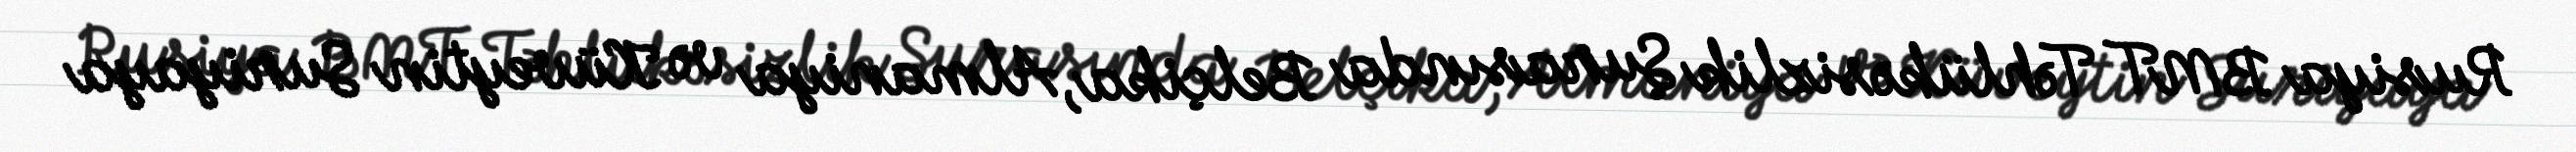
Rusiya BMT Təhlükəsizlik Şurasında Belçika, Almaniya və Küveytin Suriyaya